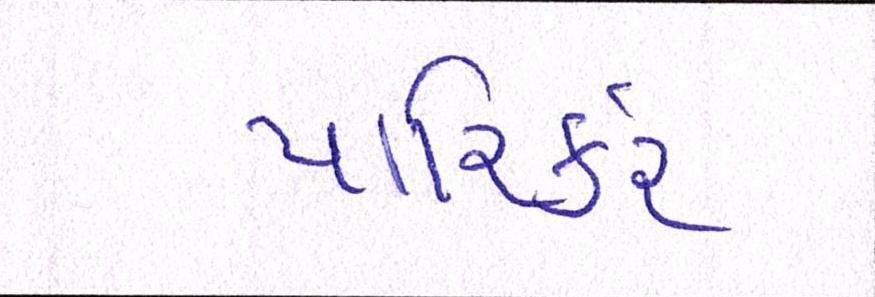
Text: પારિર્કર